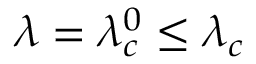
\lambda = \lambda _ { c } ^ { 0 } \leq \lambda _ { c }